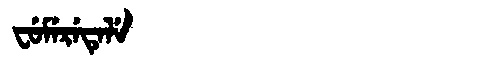
Manchu: ᠸᡠᠮᡝᡵᡝᡨᡝᠯᡝ
Romanization: FUMERETELE